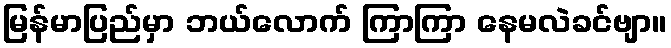
မြန်မာပြည်မှာ ဘယ်လောက် ကြာကြာ နေမလဲခင်ဗျာ။